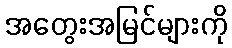
အတွေးအမြင်များကို